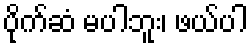
ပိုက်ဆံ မပါဘူး၊ ဖယ်ပါ